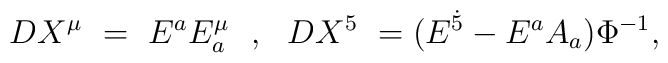
DX^\mu ~=~E^a E^\mu_a ~~,~~ DX^5~=(E^{\dot 5} - E^a A_a) \Phi^{-1},